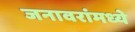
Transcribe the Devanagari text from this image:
जनावरांमध्ये